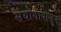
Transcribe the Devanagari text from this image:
संयोगापासून